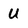
Character: U